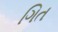
ગિત